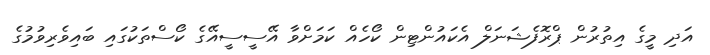
އަދި މީގެ އިތުރުން ޕްރޮފެޝަނަލް އެކައުންޓިން ކޯހެއް ކަމަށްވާ އޭސީސީއޭގެ ކޯސްތަކުގައި ބައިވެރިވުމުގެ